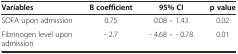
<table><thead><tr><td><b>Variables</b></td><td><b>B coefficient</b></td><td><b>95% CI</b></td><td><b>p value</b></td></tr></thead><tbody><tr><td>SOFA upon admission</td><td>0.75</td><td>0.08 – 1.43</td><td>0.02</td></tr><tr><td>Fibrinogen level upon admission</td><td>- 2.7</td><td>- 4.68 – - 0.78</td><td>0.01</td></tr></tbody></table>